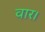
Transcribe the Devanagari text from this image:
वार।